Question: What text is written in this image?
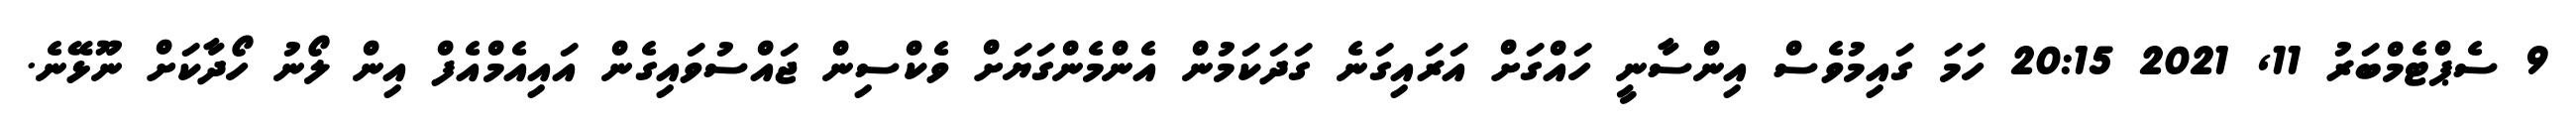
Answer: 9 ސެޕްޓެމްބަރު 11, 2021 20:15 ހަމަ ގައިމުވެސް އިންސާނީ ހައްގަށް އަރައިގަނެ ގަދަކަމުން އެންމެންގަޔަށް ވެކްސިން ޖައްސުވައިގެން އައިއެމްއެފް އިން ލޯނު ހޯދާކަށް ނޫޅޭނެ.